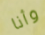
وأنا